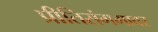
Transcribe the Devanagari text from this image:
प्रीतिसंगमावर